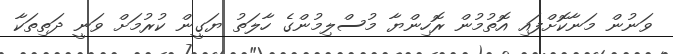
ވަނުން މަނާކޮށްފައި އޮތުމުން ރޮހިންޔާ މުސްލިމުންގެ ހާލަތު ޔަގީން ކުރުމަށް ވަނީ ދަތިތަކާ